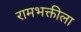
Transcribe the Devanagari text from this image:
रामभक्तीला